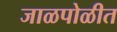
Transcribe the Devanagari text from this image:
जाळपोळीत